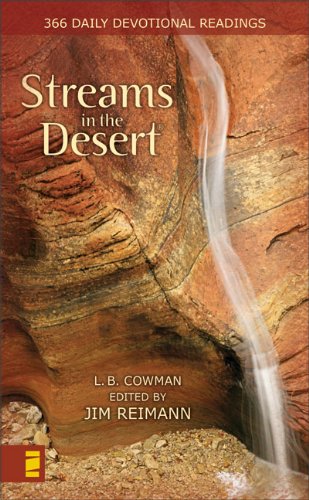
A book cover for Streams in the Desert: 366 Daily Devotional Readings; Lettie B. Cowman; Christian Books & Bibles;